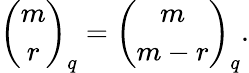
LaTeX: {\binom{m}{r}}_{q}={\binom{m}{m-r}}_{q}.